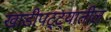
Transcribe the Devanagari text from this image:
खाडीपट्ट्यातील